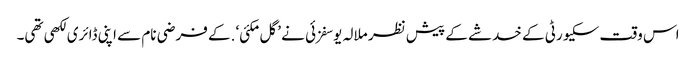
اس وقت سکیورٹی کے خدشے کے پیش نظر ملالہ یوسفزئی نے ’گل مکئی‘ .کے فرضی نام سے اپنی ڈائری لکھی تھی۔